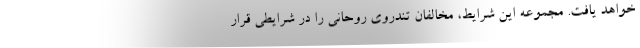
خواهد یافت. مجموعه این شرایط، مخالفان تندروی روحانی را در شرایطی قرار